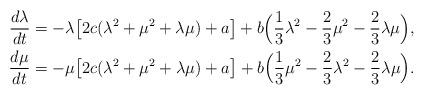
LaTeX: \begin{align*}\frac{d\lambda}{dt}&=-\lambda\big[2c(\lambda^2+\mu^2+\lambda\mu)+a\big]+ b\Big(\frac{1}{3}\lambda^2-\frac{2}{3}\mu^2-\frac{2}{3}\lambda\mu\Big),\\\frac{d\mu}{dt}&=-\mu\big[2c(\lambda^2+\mu^2+\lambda\mu)+a\big]+ b\Big(\frac{1}{3}\mu^2-\frac{2}{3}\lambda^2-\frac{2}{3}\lambda\mu\Big).\end{align*}